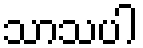
သာသပါ